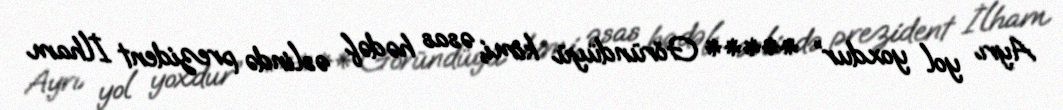
Ayrı yol yoxdur” ***** Göründüyü kimi, əsas hədəf əslində prezident İlham